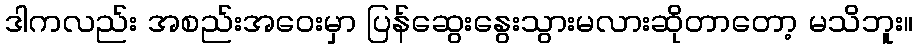
ဒါကလည်း အစည်းအဝေးမှာ ပြန်ဆွေးနွေးသွားမလားဆိုတာတော့ မသိဘူး။